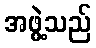
အဖွဲ့သည်